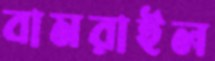
বামরাইল